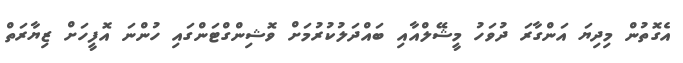
އެގޮތުން މިދިޔަ އަންގާރަ ދުވަހު މީޝޭލްއާއި ބައްދަލުކުރުމަށް ވޮޝިންގްޓަންގައި ހުންނަ އޮފީހަށް ޒިޔާރަތް